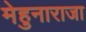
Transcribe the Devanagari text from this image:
मेहुनाराजा